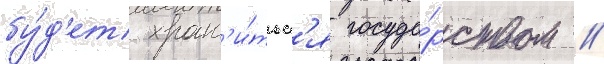
бу́д'ет хран'и́тьс'я госуда́рством //